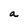
Character: a